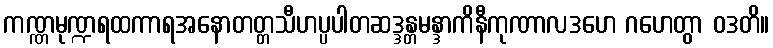
ကဏ္ဏမုဏ္ဍရထကာရအနောတတ္တသီဟပ္ပပါတဆဒ္ဒန္တမန္ဒာကိနီကုဏာလဒဟေ ဂဟေတွာ ဝဒတိ။